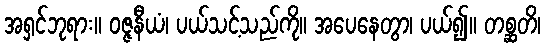
အရှင်ဘုရား။ ဝဇ္ဇနီယံ၊ ပယ်သင့်သည်ကို။ အပေနေတွာ၊ ပယ်၍။ တစ္ဆတိ၊